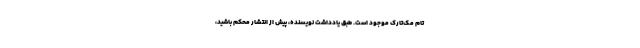
تام مک‌تارک موجود است. طبق یادداشت نویسنده، پیش از انتشار محکم باشید،